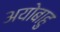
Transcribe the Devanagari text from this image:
अयोबाहु